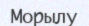
Морылу